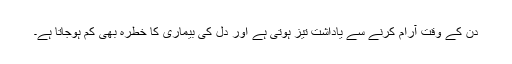
دن کے وقت آرام کرنے سے یاداشت تیز ہوتی ہے اور دل کی بیماری کا خطرہ بھی کم ہوجاتا ہے۔